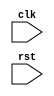
`timescale 1ns / 1ps
//////////////////////////////////////////////////////////////////////////////////
// Company: 
// Engineer: 
// 
// Design Name: 
// Module Name: SImpleCPU
// Project Name: 
// Target Devices: 
// Tool Versions: 
// Description: 
// 
// Dependencies: 
// 
// Revision:
// Revision 0.01 - File Created
// Additional Comments:
// 
//////////////////////////////////////////////////////////////////////////////////


module SImpleCPU(
    input clk,
    input rst
    );
endmodule